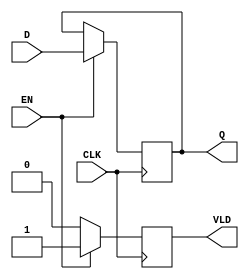
module pipeline_buffer (
    input wire [N-1:0] D,      // Data Input
    input wire CLK,            // Clock
    input wire EN,             // Enable
    output reg [N-1:0] Q,      // Data Output
    output reg VLD             // Valid Signal
);
    parameter N = 8;           // Parameter for the width of the data bus, adjustable as needed

    always @(posedge CLK) begin
        if (EN) begin
            Q <= D;            // Latch input D into output Q on rising edge of CLK when EN is high
            VLD <= 1;         // Assert valid signal when new data is latched
        end else begin
            VLD <= 0;         // De-assert valid signal when EN is low
        end
    end
endmodule